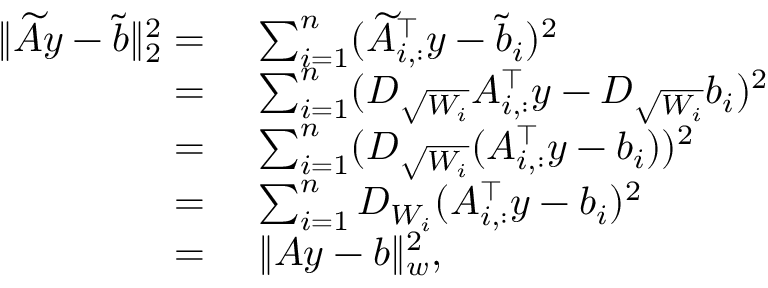
\begin{array} { r l } { \| \widetilde A y - \widetilde b \| _ { 2 } ^ { 2 } = } & { ~ \sum _ { i = 1 } ^ { n } ( \widetilde A _ { i , : } ^ { \top } y - \widetilde b _ { i } ) ^ { 2 } } \\ { = } & { ~ \sum _ { i = 1 } ^ { n } ( D _ { \sqrt { W _ { i } } } A _ { i , : } ^ { \top } y - D _ { \sqrt { W _ { i } } } b _ { i } ) ^ { 2 } } \\ { = } & { ~ \sum _ { i = 1 } ^ { n } ( D _ { \sqrt { W _ { i } } } ( A _ { i , : } ^ { \top } y - b _ { i } ) ) ^ { 2 } } \\ { = } & { ~ \sum _ { i = 1 } ^ { n } D _ { W _ { i } } ( A _ { i , : } ^ { \top } y - b _ { i } ) ^ { 2 } } \\ { = } & { ~ \| A y - b \| _ { w } ^ { 2 } , } \end{array}